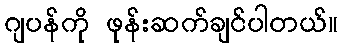
ဂျပန်ကို ဖုန်းဆက်ချင်ပါတယ်။